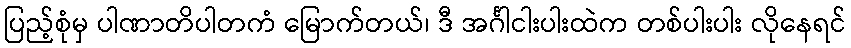
ပြည့်စုံမှ ပါဏာတိပါတကံ မြောက်တယ်၊ ဒီ အင်္ဂါငါးပါးထဲက တစ်ပါးပါး လိုနေရင်